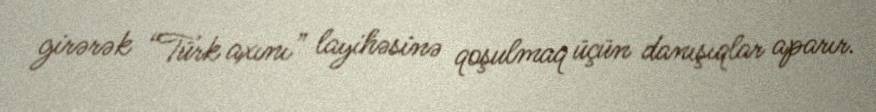
girərək “Türk axını” layihəsinə qoşulmaq üçün danışıqlar aparır.